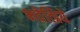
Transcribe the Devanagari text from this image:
भवेत्प्रिये